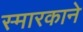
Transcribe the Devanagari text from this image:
स्मारकाने